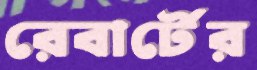
রেবার্টের